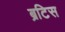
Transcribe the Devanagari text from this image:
ब्रटिस